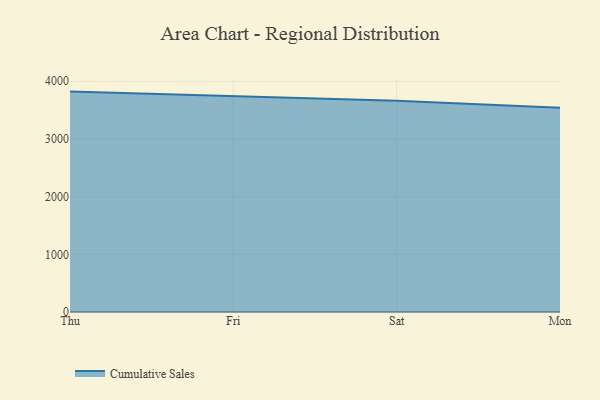
{"axis": {"x": "Day", "y": "Page Views"}, "legend": ["Cumulative Sales"], "data": [{"x": "Thu", "y": 3821.1, "type": "Cumulative Sales"}, {"x": "Fri", "y": 3748.8, "type": "Cumulative Sales"}, {"x": "Sat", "y": 3663.7, "type": "Cumulative Sales"}, {"x": "Mon", "y": 3542.6, "type": "Cumulative Sales"}]}